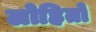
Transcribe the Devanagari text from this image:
लोहितो